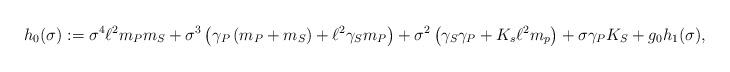
LaTeX: \begin{align*}h_0(\sigma) := \sigma^4 \ell^2 m_P m_S + \sigma^3\left( \gamma_P \left( m_P + m_S \right) + \ell^2 \gamma_S m_P \right)+ \sigma^2 \left( \gamma_S \gamma_P + K_s \ell^2 m_p \right)+ \sigma \gamma_P K_S +g_0 h_1(\sigma),\end{align*}